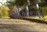
સહિતનાઓએ